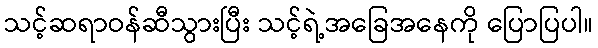
သင့်ဆရာဝန်ဆီသွားပြီး သင့်ရဲ့အခြေအနေကို ပြောပြပါ။